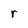
Character: r